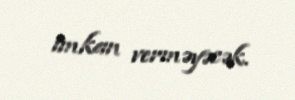
imkan verməyəcək.